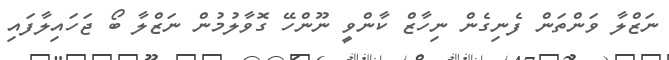
ނަޒްލާ ވަންތަން ފެނިގެން ނިހާޒް ކާންވީ ނޫންހޭ ގޮވާލުމުން ނަޒްލާ ބޯ ޖަހައިލާފައި